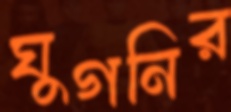
ঘুগনির